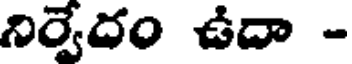
నిర్వేదం ఉదా -